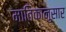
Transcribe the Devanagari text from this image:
मातिकानुसार